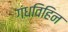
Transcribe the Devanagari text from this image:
गंधविहिन